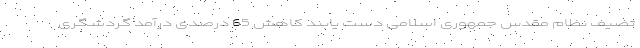
تضیف نظام مقدس جمهوری اسلامی دست یابند کاهش 65 درصدی درآمد گردشگری